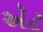
ઍટ